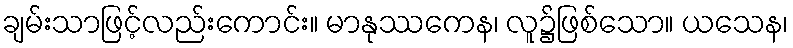
ချမ်းသာဖြင့်လည်းကောင်း။ မာနုဿကေန၊ လူ၌ဖြစ်သော။ ယသေန၊